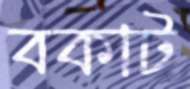
বকাট